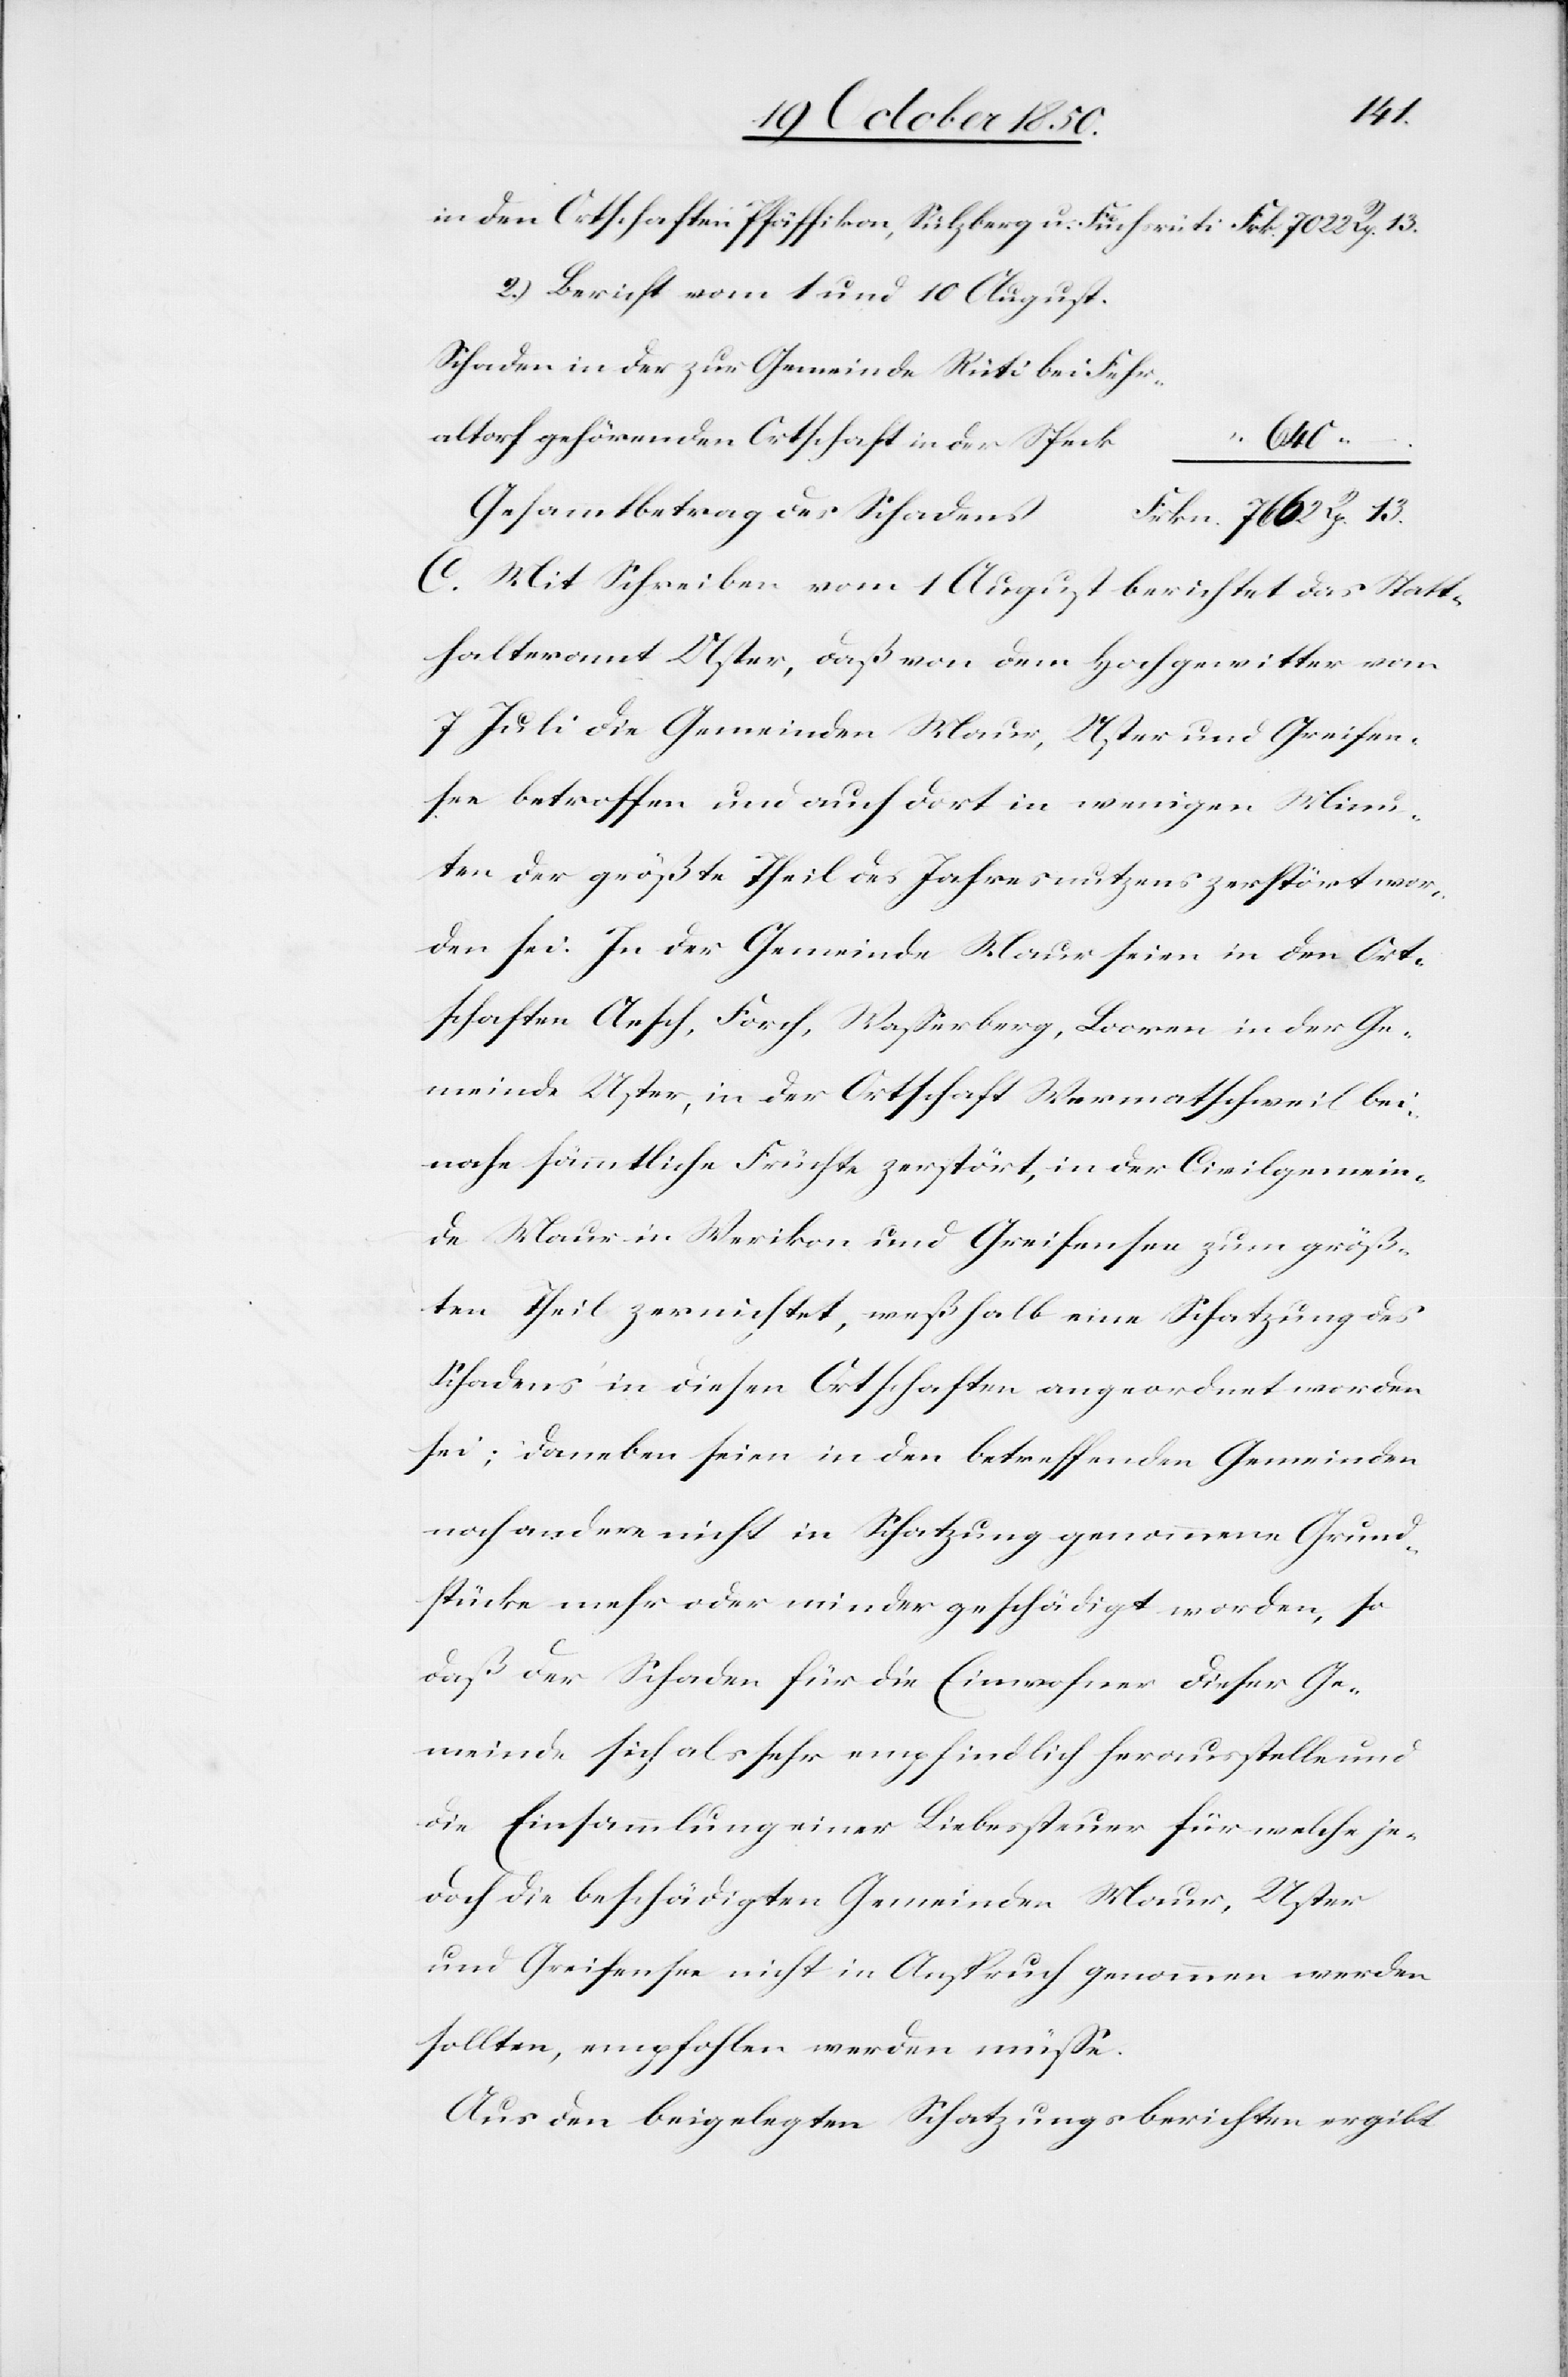
in den Ortschaften Pfäffikon, Sulzberg u. Fuchsrüti					Frk. 7022 Rp. 13.
2.) Bericht vom 1 und 10 August.
Schaden in der zur Gemeinde Rüti bei Fehr¬
altorf gehörenden Ortschaft in der
“ –
s					F¬
Gesamtbetrag des Schaden¬
rkn. 7662 Rp. 13.
C. Mit Schreiben vom 1 August berichtet das Statt¬
halteramt Uster, daß von dem Hochgewitter vom
7 Juli die Gemeinden Maur, Uster und Greifen¬
see betroffen und auch dort in wenigen Minu¬
ten der größte Theil des Jahresnutzens zerstört wor¬
den sei. In der Gemeinde Maur seien in den Ort¬
schaften Aesch, Forch, Wasserberg, Borren in der Ge¬
meinde Uster, in der Ortschaft Wermatschweil bei¬
nahe sämmtliche Früchte zerstört, in der Civilgemein¬
de Maur in Werikon und Greifensee zum größ¬
ten Theil zernichtet, weßhalb eine Schatzung des
Schadens in diesen Ortschaften angeordnet worden
sei; daneben seien in den betreffenden Gemeinden
noch andere nicht in Schatzung genommene Grund¬
stücke mehr oder minder geschädigt worden, so
daß der Schaden für die Einwohner dieser Ge¬
meinde sich als sehr empfindlich herausstelle und
die Einsammlung einer Liebessteuer für welche je¬
doch die beschädigten Gemeinden Maur, Uster
und Greifensee nicht in Anspruch genommen werden
sollten, empfohlen werden müsse.
Aus den beigelegten Schatzungsberichten ergibt